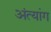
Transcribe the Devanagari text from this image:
अंत्यांग